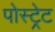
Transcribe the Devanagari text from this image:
पोस्ट्रेट